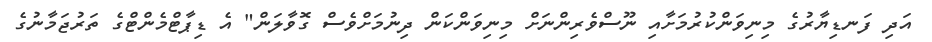
އަދި ފަނޑިޔާރުގެ މިނިވަންކުރުމަށާއި ނޫސްވެރިންނަށް މިނިވަންކަން ދިނުމަށްވެސް ގޮވާލަން" އެ ޑިޕާޓްމެންޓްގެ ތަރުޖަމާނުގެ